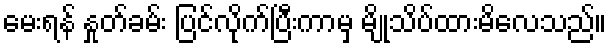
မေးရန် နှုတ်ခမ်း ပြင်လိုက်ပြီးကာမှ မျိုသိပ်ထားမိလေသည်။